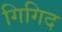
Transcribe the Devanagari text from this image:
गिगिद